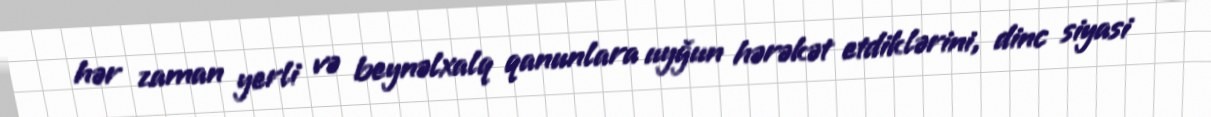
hər zaman yerli və beynəlxalq qanunlara uyğun hərəkət etdiklərini, dinc siyasi